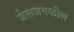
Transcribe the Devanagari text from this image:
जेलजवळील